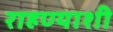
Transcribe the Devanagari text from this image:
राहण्याशी